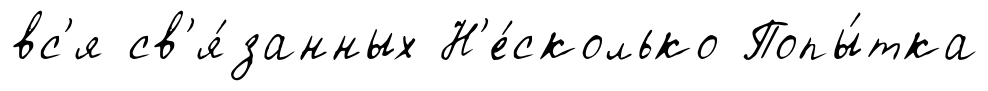
вс'я св'я́занных Н'е́сколько Попы́тка